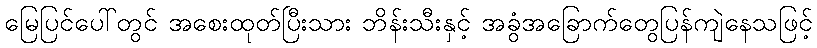
မြေပြင်ပေါ်တွင် အစေးထုတ်ပြီးသား ဘိန်းသီးနှင့် အခွံအခြောက်တွေပြန်ကျဲနေသဖြင့်